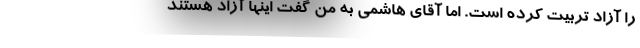
را آزاد تربیت کرده است. اما آقای هاشمی به من گفت اینها آزاد هستند